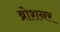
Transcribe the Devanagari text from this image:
ब्रोशनर